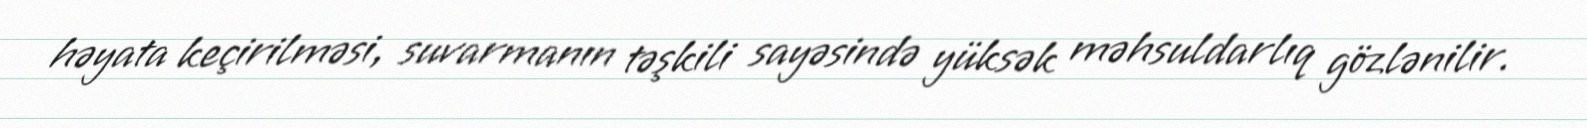
həyata keçirilməsi, suvarmanın təşkili sayəsində yüksək məhsuldarlıq gözlənilir.